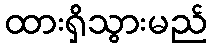
ထားရှိသွားမည်